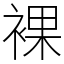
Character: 裸